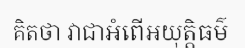
គិតថា វាជាអំពើអយុត្តិធម៌